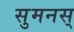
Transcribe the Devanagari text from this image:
सुमनस्‌